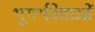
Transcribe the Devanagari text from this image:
भूगर्भवेत्ताओं